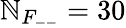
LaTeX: \mathbb{N}_{F_{--}}=30